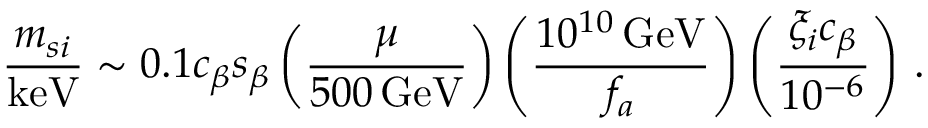
{ \frac { m _ { s i } } { \mathrm { k e V } } } \sim 0 . 1 c _ { \beta } s _ { \beta } \left( \frac { \mu } { 5 0 0 \, \mathrm { G e V } } \right) \left( \frac { 1 0 ^ { 1 0 } \, \mathrm { G e V } } { f _ { a } } \right) \left( \frac { \xi _ { i } c _ { \beta } } { 1 0 ^ { - 6 } } \right) \, .